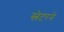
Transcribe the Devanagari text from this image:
स्लेटरने